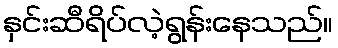
နှင်းဆီရိပ်လဲ့ရွန်းနေသည်။